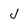
Character: J